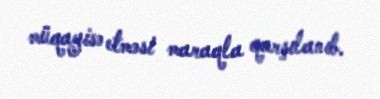
müqayisə etməsi maraqla qarşılanıb.